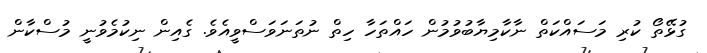
ގުޅޭތޯ ކުރި މަސައްކަތް ނާކާމިޔާބުވުމުން ހައްތަހާ ހިތް ނުތަނަވަސްވީއެވެ. ގެއިން ނިކުމެވުނީ މުސްކާން